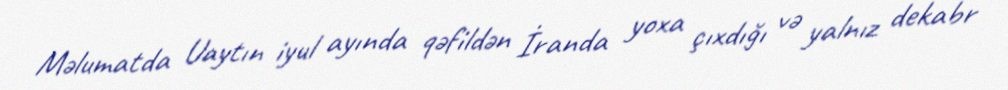
Məlumatda Uaytın iyul ayında qəfildən İranda yoxa çıxdığı və yalnız dekabr